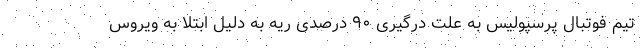
تیم فوتبال پرسپولیس به علت درگیری ۹۰ درصدی ریه به دلیل ابتلا به ویروس